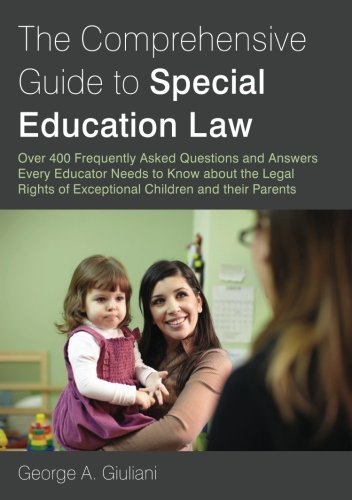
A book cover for The Comprehensive Guide to Special Education Law: Over 400 Frequently Asked Questions and Answers Every Educator Needs to Know about the Legal Rights of Exceptional Children and their Parents; George A. Giuliani; Law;